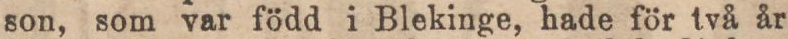
son, som var född i Blekinge, hade för två år